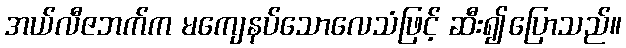
အယ်လီဇဘက်က မကျေနပ်သောလေသံဖြင့် ဆီး၍ပြောသည်။